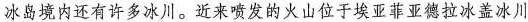
冰岛境内还有许多冰川。近来喷发的火山位于埃亚菲亚德拉冰盖冰川